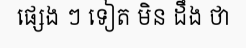
ផ្សេង ៗ ទៀត មិន ដឹង ថា